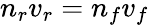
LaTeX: n_{r}v_{r}=n_{f}v_{f}